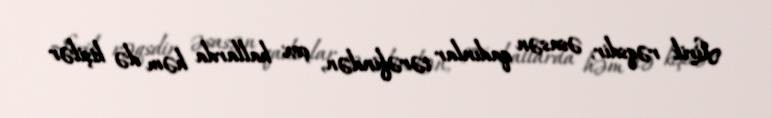
Lirik rəqsdir, əsasən qadınlar tərəfindən, çox hallarda həm də kişilər